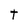
Character: t